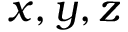
x , y , z